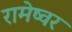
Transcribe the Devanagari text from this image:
रामेष्वर